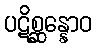
ပဋိစ္ဆန္နောဝ